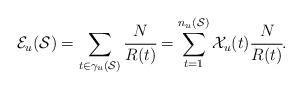
LaTeX: \begin{align*}\mathcal{E}_u(\mathcal{S}) = \sum_{t \in \gamma_u(\mathcal{S}) } \cfrac{N}{R(t)} = \sum_{t =1}^{n_u(\mathcal{S})} \mathcal{X}_u(t) \cfrac{N}{R(t)}.\end{align*}